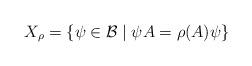
LaTeX: \begin{align*}X_{\rho }=\left\{ \psi \in \mathcal{B}\mid \psi A=\rho (A)\psi \right\}\end{align*}